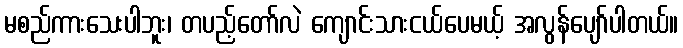
မစည်ကားသေးပါဘူး၊ တပည့်တော်လဲ ကျောင်းသားငယ်ပေမယ့် အလွန်ပျော်ပါတယ်။